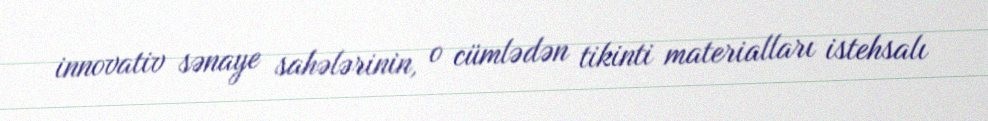
innovativ sənaye sahələrinin, o cümlədən tikinti materialları istehsalı